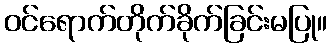
ဝင်ရောက်တိုက်ခိုက်ခြင်းမပြု။